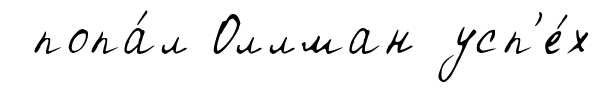
попа́л Оллман усп'е́х